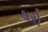
થરો